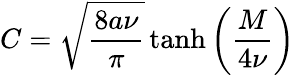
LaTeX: C=\sqrt{\frac{8a\nu}{\pi}}\operatorname{tanh}\left(\frac{M}{4\nu}\right)